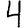
Digit: 4